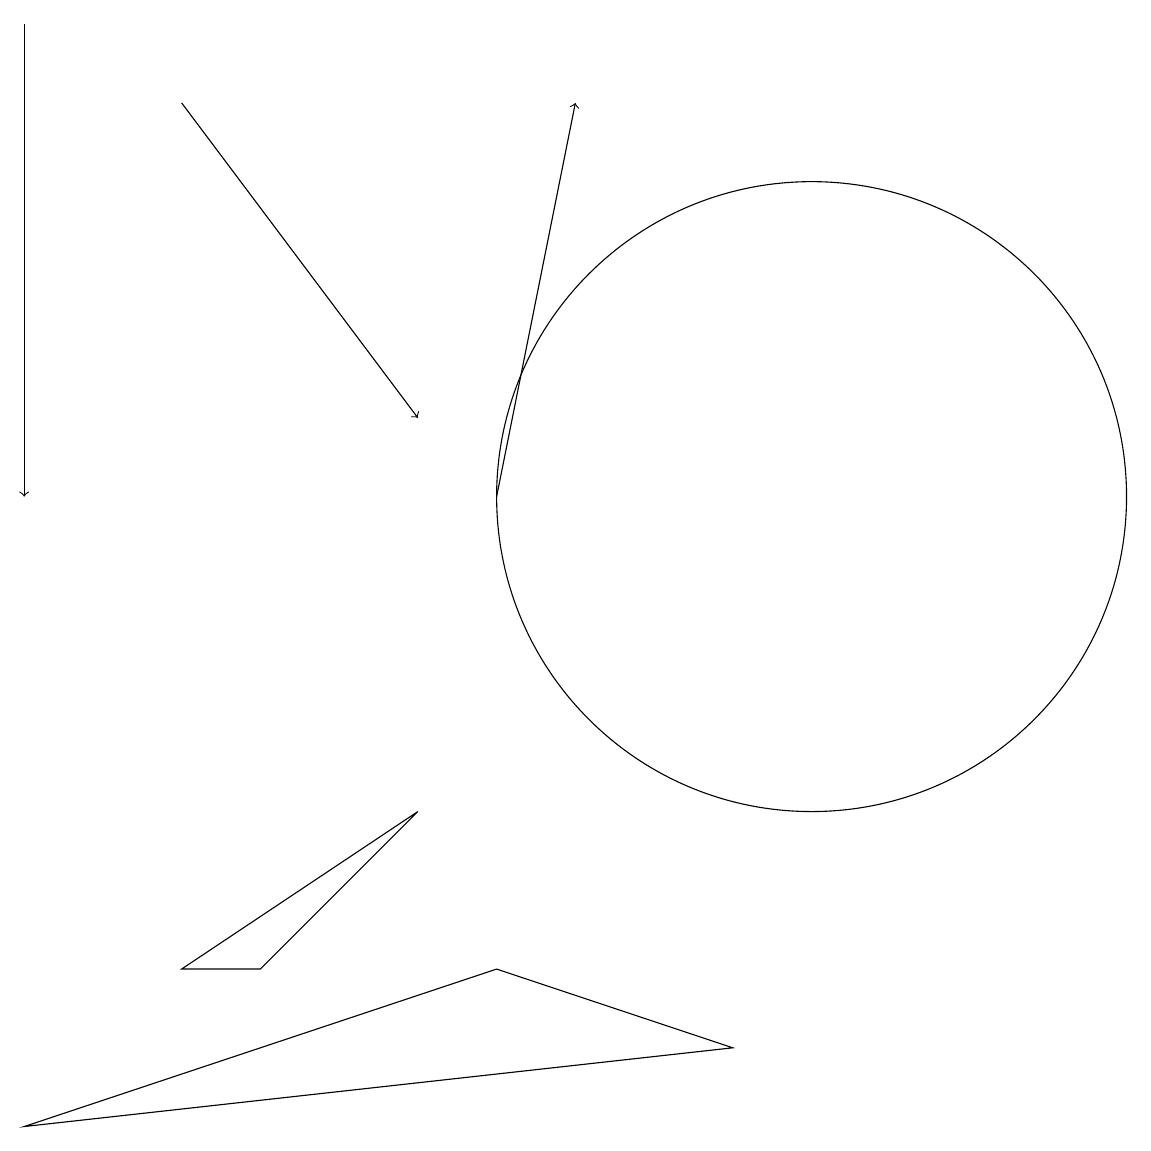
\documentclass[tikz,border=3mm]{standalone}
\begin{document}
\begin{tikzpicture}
\draw[->] (6,12) -- (7,17);
\draw (0,4) -- (6,6) -- (9,5) -- cycle;
\draw (2,6) -- (3,6) -- (5,8) -- cycle;
\draw (10,12) circle (4);
\draw[->] (2,17) -- (5,13);
\draw[->] (0,18) -- (0,12);
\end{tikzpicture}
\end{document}